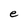
Character: e